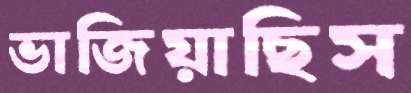
ভাজিয়াছিস